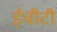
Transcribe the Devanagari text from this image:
ईचीटी